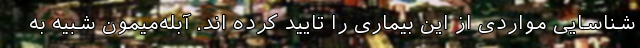
شناسایی مواردی از این بیماری را تایید کرده اند. آبله‌میمون شبیه به